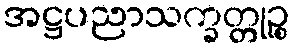
အဋ္ဌပညာသက္ခတ္တုဉ္စ